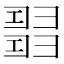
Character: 𢑰